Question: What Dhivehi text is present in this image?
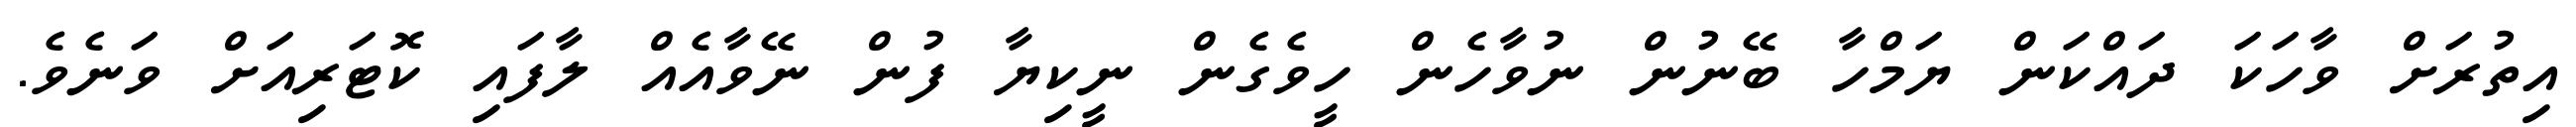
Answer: އިތުރަށް ވާހަކަ ދައްކަން ޔަމްހާ ބޭނުން ނުވާހެން ހީވެގެން ނީކިޔާ ފުން ނޭވާއެއް ލާފައި ކޮޓަރިއަށް ވަނެވެ.